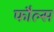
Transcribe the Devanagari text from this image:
फौल्स